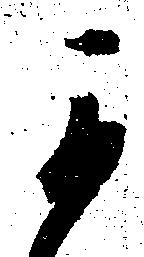
可